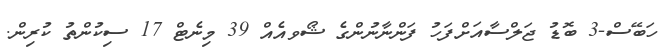
ހަބޭސް-3 ބޮޑު ޖަލްސާއަށްފަހު ފަންނާނުންގެ ޝޯވއެއް 39 މިނެޓް 17 ސިކުންތު ކުރިން.